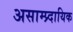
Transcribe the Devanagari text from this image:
असाम्प्र्दायिक